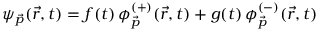
\psi _ { \vec { p } } ( \vec { r } , t ) = f ( t ) \, \phi _ { \vec { p } } ^ { ( + ) } ( \vec { r } , t ) + g ( t ) \, \phi _ { \vec { p } } ^ { ( - ) } ( \vec { r } , t )